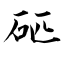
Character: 𥐵